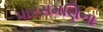
પારસમણિના